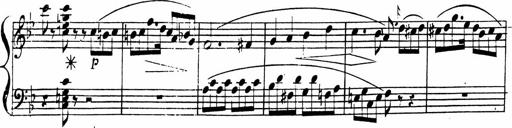
Title: 2 Piano Sonatinas
Composer: Ferdinand Ries